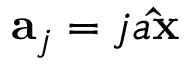
\mathbf { a } _ { j } = j a \mathbf { \hat { x } }